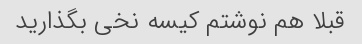
قبلا هم نوشتم کیسه نخی بگذارید